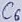
Text: C6